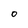
Character: O